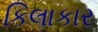
કિલાકાર